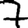
Digit: 7